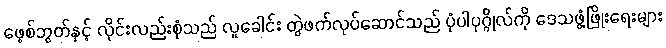
ဖေ့စ်ဘွတ်နှင့် လိုင်းလည်းစုံသည် လူခေါင်း တွဲဖက်လုပ်ဆောင်သည် ပုံပါပုဂ္ဂိုလ်ကို ဒေသဖွံ့ဖြိုးရေးများ